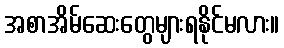
အစာအိမ်ဆေးတွေများရနိုင်မလား။